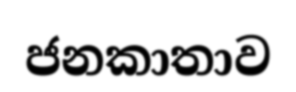
ජනකාතාව